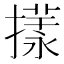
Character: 𢵎